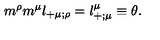
{ m } ^ { \rho } { m } ^ { \mu } l _ { + \mu ; \rho } = l _ { + ; \mu } ^ { \mu } \equiv \theta .